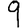
Digit: 9